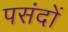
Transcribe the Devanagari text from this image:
पसंदों